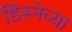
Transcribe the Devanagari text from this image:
डिस्नेच्या